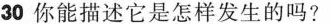
30 你能描述它是怎样发生的吗?